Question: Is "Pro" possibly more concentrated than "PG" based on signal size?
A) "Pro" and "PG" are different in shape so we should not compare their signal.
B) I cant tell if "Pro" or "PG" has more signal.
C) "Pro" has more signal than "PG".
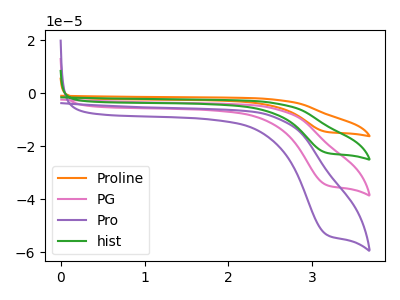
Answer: <think>The orange curve "Proline" has a cathodic peak at: (3.15V, -103.95uA). The pink curve "PG" has a cathodic peak at: (3.15V, -34.65uA). The purple curve "Pro" has a cathodic peak at: (3.15V, -53.35uA). The green curve "hist" has a cathodic peak at: (3.15V, -69.30uA).
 All the peaks in "Pro" have a peak in "PG" at the same potential. Every peak in "Pro" is higher than every peak in "PG".</think>
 <answer>C) "Pro" has more signal than "PG".</answer>
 <eval>C</eval>